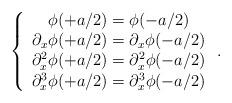
LaTeX: \begin{align*}\left\lbrace \begin{array}{c}\phi(+a/2)=\phi(-a/2)\\\partial_{x}\phi(+a/2)=\partial_{x}\phi(-a/2)\\\partial_{x}^{2}\phi(+a/2)=\partial_{x}^{2}\phi(-a/2)\\\partial_{x}^{3}\phi(+a/2)=\partial_{x}^{3}\phi(-a/2)\end{array} \right. .\end{align*}